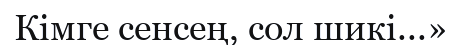
Кімге сенсең, сол шикі...»